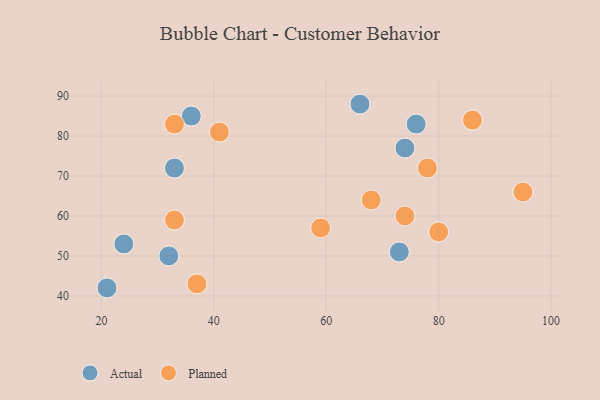
{"axis": {"x": "GDP", "y": "Life Expectancy"}, "legend": ["Actual", "Planned"], "data": [{"x": "73", "y": 51, "type": "Actual"}, {"x": "33", "y": 72, "type": "Actual"}, {"x": "24", "y": 53, "type": "Actual"}, {"x": "21", "y": 42, "type": "Actual"}, {"x": "32", "y": 50, "type": "Actual"}, {"x": "76", "y": 83, "type": "Actual"}, {"x": "66", "y": 88, "type": "Actual"}, {"x": "74", "y": 77, "type": "Actual"}, {"x": "36", "y": 85, "type": "Actual"}, {"x": "95", "y": 66, "type": "Planned"}, {"x": "59", "y": 57, "type": "Planned"}, {"x": "41", "y": 81, "type": "Planned"}, {"x": "33", "y": 59, "type": "Planned"}, {"x": "37", "y": 43, "type": "Planned"}, {"x": "33", "y": 83, "type": "Planned"}, {"x": "86", "y": 84, "type": "Planned"}, {"x": "78", "y": 72, "type": "Planned"}, {"x": "68", "y": 64, "type": "Planned"}, {"x": "74", "y": 60, "type": "Planned"}, {"x": "80", "y": 56, "type": "Planned"}]}